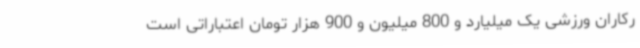
رکاران ورزشی یک میلیارد و 800 میلیون و 900 هزار تومان اعتباراتی است